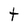
Character: t